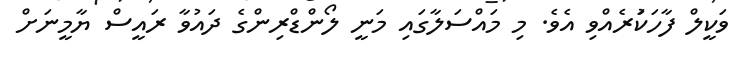
ވަކީލް ފާހަކަުރެއްވި އެވެ. މި މައްސަލާގައި މަނީ ލޯންޑްރިންގެ ދައުވާ ރައީސް ޔާމީނަށް